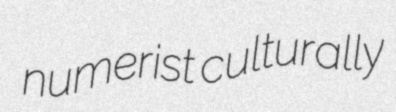
numerist culturally